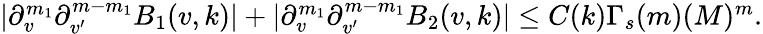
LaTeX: \begin{array}{r}{|\partial_{v}^{m_{1}}\partial_{v^{\prime}}^{m-m_{1}}B_{1}(v,k)|+|\partial_{v}^{m_{1}}\partial_{v^{\prime}}^{m-m_{1}}B_{2}(v,k)|\leq C(k)\Gamma_{s}(m)(M)^{m}.}\end{array}